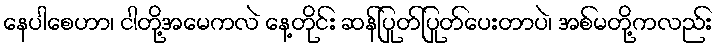
နေပါစေဟာ၊ ငါတို့အမေကလဲ နေ့တိုင်း ဆန်ပြုတ်ပြုတ်ပေးတာပဲ၊ အစ်မတို့ကလည်း